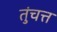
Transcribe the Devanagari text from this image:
तुंचत्त